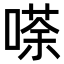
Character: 𠻬